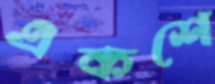
একশে